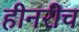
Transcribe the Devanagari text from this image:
हीनरीच